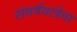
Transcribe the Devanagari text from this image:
संघर्षयात्रेचा